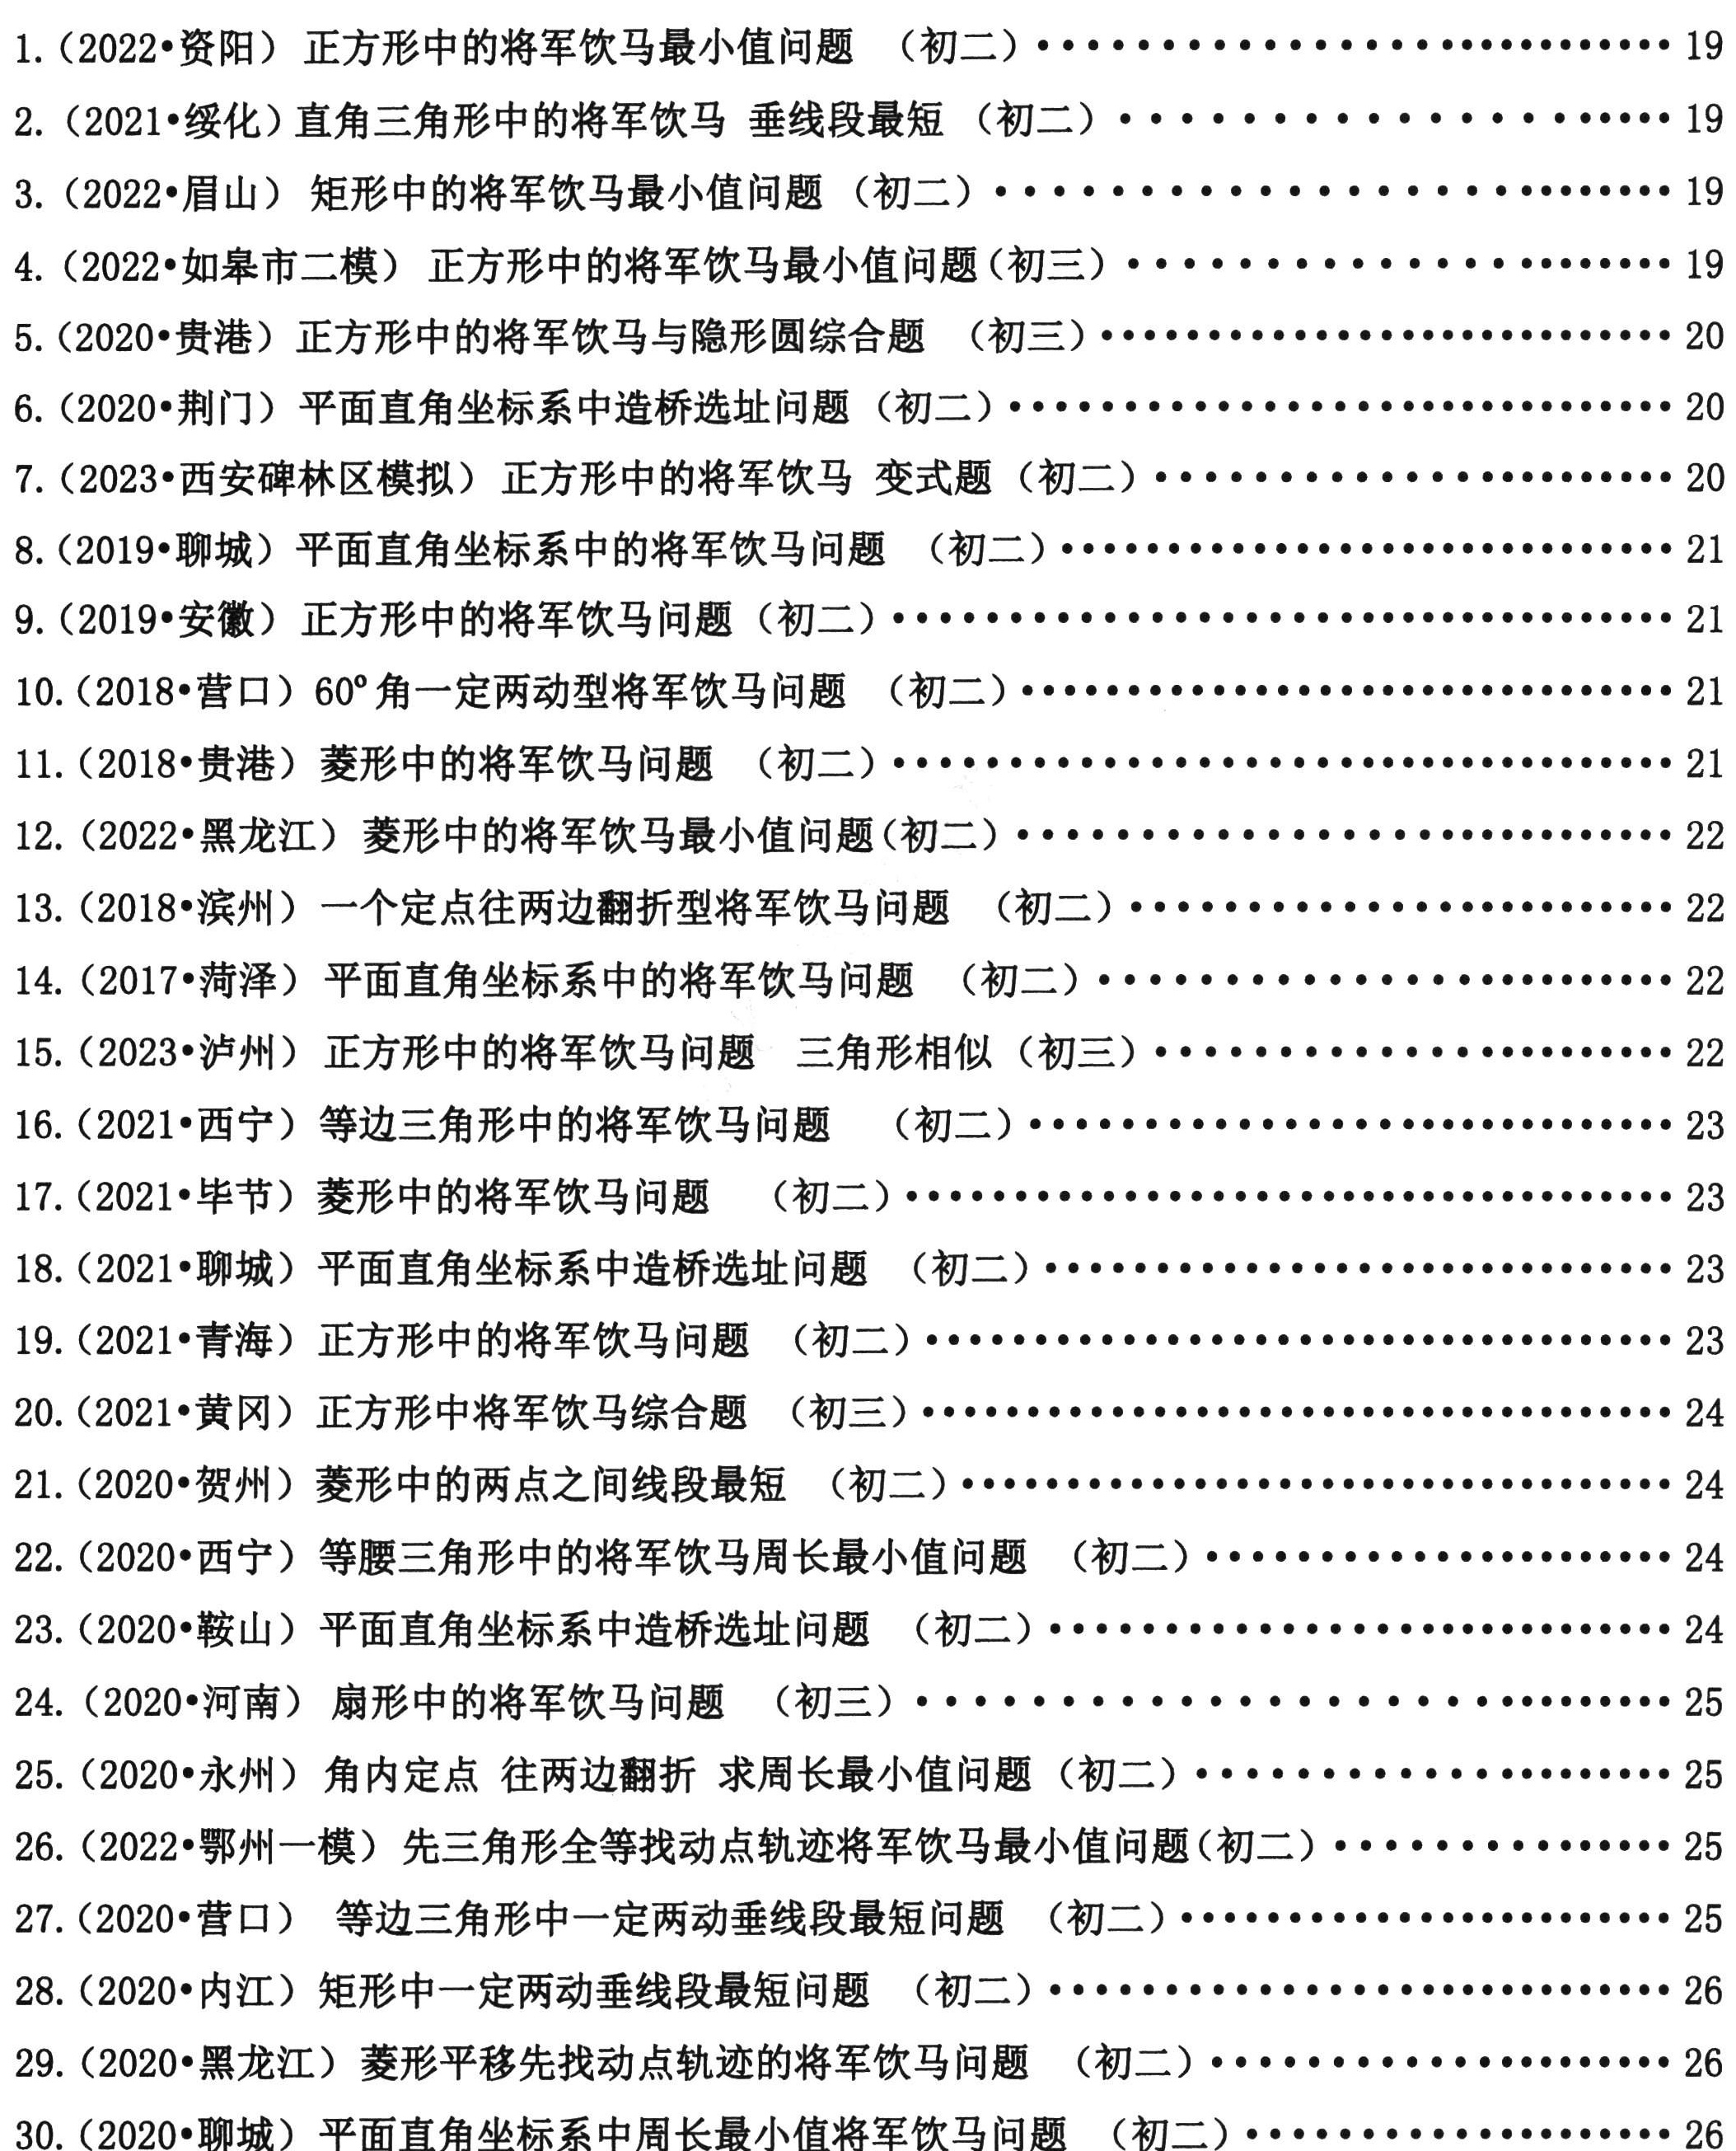
1. (2022•资阳) 正方形中的将军饮马最小值问题（初二）........................ 19
2. (2021•绥化) 直角三角形中的将军饮马 垂线段最短（初二）........................ 19
3. (2022•眉山) 矩形中的将军饮马最小值问题（初二）........................ 19
4. (2022•如皋市二模) 正方形中的将军饮马最小值问题（初三）........................ 19
5. (2020•贵港) 正方形中的将军饮马与隐形圆综合题（初三）........................ 20
6. (2020•荆门) 平面直角坐标系中造桥选址问题（初二）........................ 20
7. (2023•西安碑林区模拟) 正方形中的将军饮马 变式题（初二）........................ 20
8. (2019•聊城) 平面直角坐标系中的将军饮马问题 （初二）........................ 21
9. (2019•安徽) 正方形中的将军饮马问题（初二）........................ 21
10. (2018•营口) \(60^{\circ}\)角一定两动型将军饮马问题 （初二）........................ 21
11. (2018•贵港) 菱形中的将军饮马问题（初二）........................ 21
12. (2022•黑龙江) 菱形中的将军饮马最小值问题(初二）........................ 22
13. (2018•滨州) 一个定点往两边翻折型将军饮马问题（初二）........................ 22
14. (2017•菏泽) 平面直角坐标系中的将军饮马问题（初二）........................ 22
15. (2023•泸州) 正方形中的将军饮马问题 三角形相似（初三）........................ 22
16. (2021•西宁) 等边三角形中的将军饮马问题（初二）........................ 23
17. (2021•毕节) 菱形中的将军饮马问题（初二）........................ 23
18. (2021•聊城) 平面直角坐标系中造桥选址问题（初二）........................ 23
19. (2021•青海) 正方形中的将军饮马问题（初二）........................ 24
20. (2021•黄冈) 正方形中将军饮马综合题（初三）........................ 24
21. (2020•贺州) 菱形中的两点之间线段最短（初二）........................ 24
22. (2020•西山) 等腰直角三角形中的将军饮马最小值问题（初二）........................ 24
23. (2020•鞍山) 平面直角坐标系中造桥选址问题（初二）........................ 24
24. (2020•河南) 扇形中的将军饮马问题（初三）........................ 25
25. (2020•永州) 角内定点 往两边翻折 求周长最小值问题（初二）........................ 25
26. (2022•鄂州一模) 先三角形全等找动点轨迹将军饮马最小值问题(初二）........................ 25
27. (2020•营口) 等边三角形中一定两动垂线段最短问题（初二）........................ 25
28. (2020•内江) 矩形中一定两动垂线段最短问题（初二）........................ 26
29. (2020•黑龙江) 菱形平移先找动点轨迹的将军饮马问题（初二）........................ 26
30. (2020•聊城) 平面直角坐标系中周长最小值将军饮马问题（初二）........................ 26